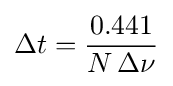
\Delta t={\frac {0.441}{N\,\Delta \nu }}